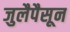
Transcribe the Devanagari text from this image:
जुलैपैसून